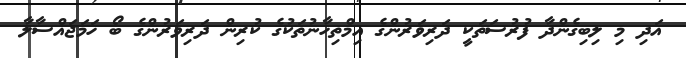
އަދި މި ލިބިގެންދާ ފުރުސަތަކީ ދަރިވަރުންގެ އިމްތިހާނުތަކުގެ ކުރިން ދަރިވަރުންގެ ބޯ ހަމަޖައްސާލާ